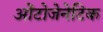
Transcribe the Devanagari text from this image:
ओंटोजेनेटिक